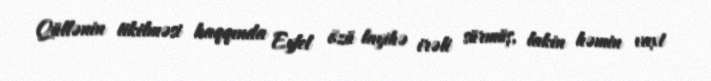
Qüllənin tikilməsi haqqında Eyfel özü layihə irəli sürmüş, lakin həmin vaxt